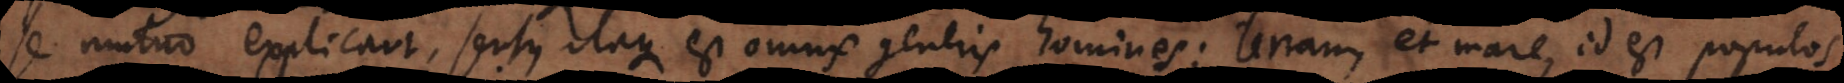
se mutuo explicant, sensus itaque est omnis generis homines; terram, et mare, id est populos,